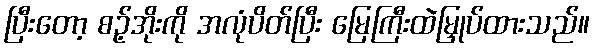
ပြီးတော့ စဉ့်အိုးကို အလုံပိတ်ပြီး မြေကြီးထဲမြှုပ်ထားသည်။